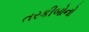
તરકીબોનો